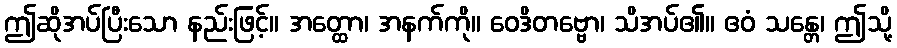
ဤဆိုအပ်ပြီးသော နည်းဖြင့်။ အတ္ထော၊ အနက်ကို။ ဝေဒိတဗ္ဗော၊ သိအပ်၏။ ဧဝံ သန္တေ၊ ဤသို့